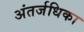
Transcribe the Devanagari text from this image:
अंतर्जधिका